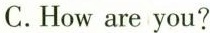
C.How are you?